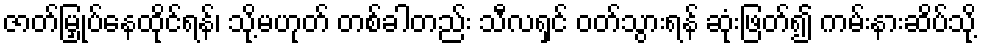
ဇာတ်မြှုပ်နေထိုင်ရန်၊ သို့မဟုတ် တစ်ခါတည်း သီလရှင် ဝတ်သွားရန် ဆုံးဖြတ်၍ ကမ်းနားဆိပ်သို့